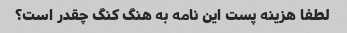
لطفا هزینه پست این نامه به هنگ کنگ چقدر است؟